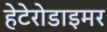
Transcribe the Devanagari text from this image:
हेटेरोडाइमर